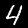
Digit: 4